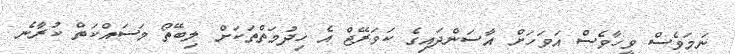
ނަމަވެސް ވީހާވެސް އަވަހަށް އާސަންދައިގެ ކަވަރޭޖް އެ ހިދުމަތްތަކަށް ލިބޭތޯ މަސައްކަތް ކުރާނެ